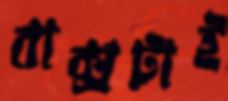
বাক্সটাই